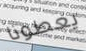
يعطونا